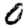
Digit: 0